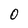
Character: 0